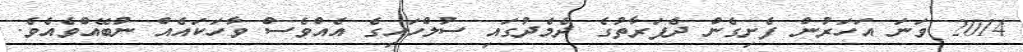
2014 ވަނަ އަހަރުން ފެށިގެން ދެފަރާތުގެ ދެމެދުގައި ސުލްހައިގެ އެއްވެސް ވާހަކައެއް ނުބޭއްވެއެވެ.